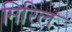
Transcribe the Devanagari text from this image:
मिरिल